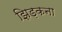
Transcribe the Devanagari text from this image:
झिड़कना